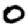
Digit: 0